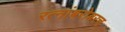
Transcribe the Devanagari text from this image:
रत्‍नांबरोबरच